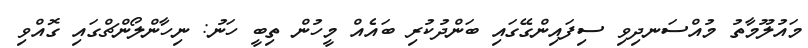
މައުލޫމާތު މުއްސަނދިވި ސިފައިންގޭގައި ބަންދުކުރި ބައެއް މީހުން ތިބީ ހަނު: ނިހާންލޯންޗްގައި ގޮއްވި